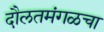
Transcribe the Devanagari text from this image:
दौलतमंगळचा